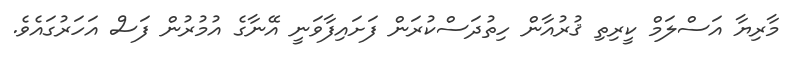
މާރިޔާ އަސްލަމް ކީރިތި ޤުރުއާން ހިތުދަސްކުރަން ފަށައިފާވަނީ އޭނާގެ އުމުރުން ފަސް އަހަރުގައެވެ.